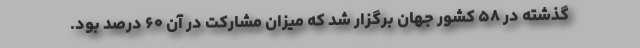
گذشته در ۵۸ کشور جهان برگزار شد که میزان مشارکت در آن ۶۰ درصد بود.